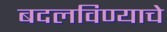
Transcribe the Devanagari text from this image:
बदलविण्याचे